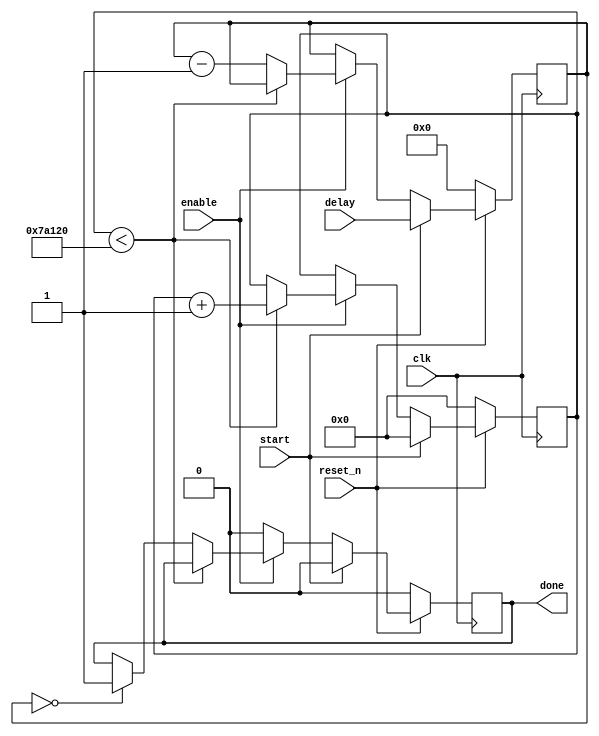
module delay_counter (input clk, reset_n, start, enable, input [7:0] delay, output done);
parameter BASIC_PERIOD=20'd500000;   // can change this value to make delay longer
	
	reg [19:0] timer;
	reg [7:0] count;
	reg d;
	
	assign done = d;
	always @(posedge clk) begin
		if (!reset_n) begin
			timer <= 20'b0;
			count <= 8'b0;
			d <= 0;
			
		end
		else if (start) begin
			timer <= 20'b0;
			count <= delay;
			d <=0;
		end
		else if (enable) begin
			if (timer < BASIC_PERIOD) timer <= timer + 20'd1;
			else begin
				count <= count - 8'd1;
				if (count == 8'b0) d <= 1;
			end
		end
		else d <= 0;
	end

endmodule